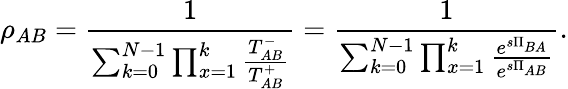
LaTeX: \rho_{AB}=\frac{1}{\sum_{k=0}^{N-1}\prod_{x=1}^{k}\frac{T_{AB}^{-}}{T_{AB}^{+}}}=\frac{1}{\sum_{k=0}^{N-1}\prod_{x=1}^{k}\frac{e^{s\Pi_{BA}}}{e^{s\Pi_{AB}}}}.